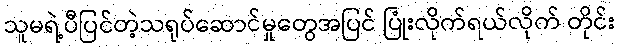
သူမရဲ့ပီပြင်တဲ့သရုပ်ဆောင်မှုတွေအပြင် ပြုံးလိုက်ရယ်လိုက် တိုင်း